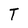
Character: T